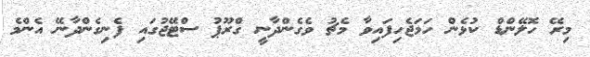
މިރޭ ހޮލޭންޑް ކުޅެން ހަމަޖެހިފައިވާ މެޗު ވެގެންދާނީ ގްރޫޕު ސްޓޭޖުގައި ފެނިގެންދާނޭ އެންމެ